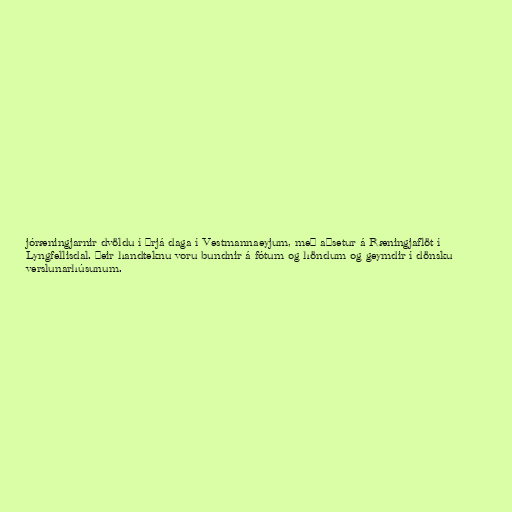
jóræningjarnir dvöldu í þrjá daga í Vestmannaeyjum, með aðsetur á Ræningjaflöt í
Lyngfellisdal. Þeir handteknu voru bundnir á fótum og höndum og geymdir í dönsku
verslunarhúsunum.